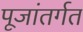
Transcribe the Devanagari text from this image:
पूजांतर्गत